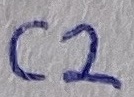
Text: C2